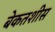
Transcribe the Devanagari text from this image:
बेकतशीस